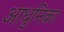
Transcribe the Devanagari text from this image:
आधुनिका